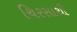
ચિરસાથી